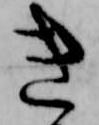
き